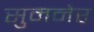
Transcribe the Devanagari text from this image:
सुमनेर